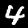
Label: 4